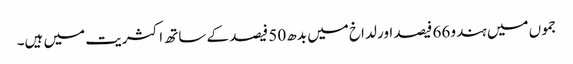
جموں میں ہندو 66 فیصد اور لداخ میں بدھ 50 فیصد کے ساتھ اکثریت میں ہیں۔